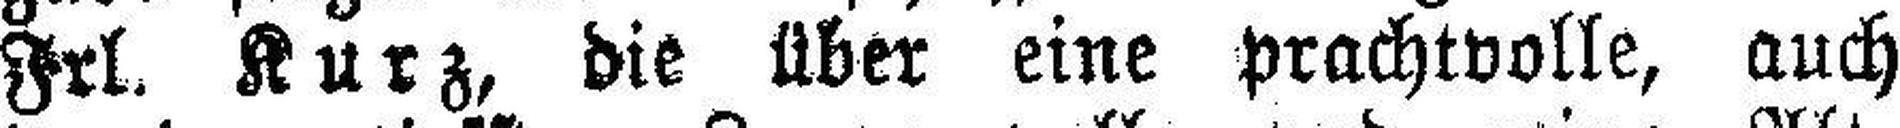
Frl. Kurz, die über eine prachtvolle, auch